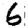
Digit: 6